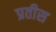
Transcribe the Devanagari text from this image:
प्रतीस